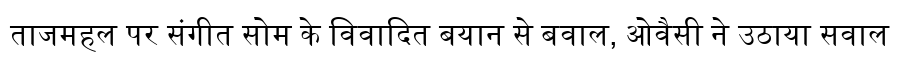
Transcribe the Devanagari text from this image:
ताजमहल पर संगीत सोम के विवादित बयान से बवाल, ओवैसी ने उठाया सवाल